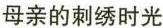
母亲的刺绣时光